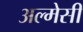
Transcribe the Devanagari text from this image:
अल्मेसी